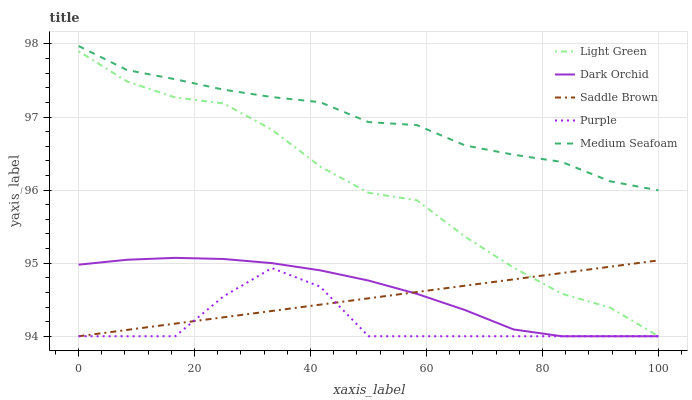
| xaxis_label | Light Green | Dark Orchid | Saddle Brown | Purple | Medium Seafoam |
 | --- | --- | --- | --- | --- | --- |
 | 0 | 97.9 | 95 | 94 | 94 | 98 |
 | 8.33 | 97.5 | 95 | 94.1 | 94 | 97.6 |
 | 16.7 | 97.3 | 95.1 | 94.2 | 94 | 97.5 |
 | 25 | 97.2 | 95.1 | 94.3 | 94.5 | 97.4 |
 | 33.3 | 96.8 | 95 | 94.3 | 94.9 | 97.3 |
 | 41.7 | 96.3 | 94.9 | 94.4 | 94.7 | 97.2 |
 | 50 | 96 | 94.8 | 94.5 | 94 | 96.9 |
 | 58.3 | 95.9 | 94.6 | 94.6 | 94 | 96.9 |
 | 66.7 | 95.4 | 94.4 | 94.7 | 94 | 96.6 |
 | 75 | 94.9 | 94.1 | 94.8 | 94 | 96.5 |
 | 83.3 | 94.6 | 94 | 94.9 | 94 | 96.4 |
 | 91.7 | 94.4 | 94 | 95 | 94 | 96.1 |
 | 100 | 94 | 94 | 95 | 94 | 96 |